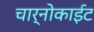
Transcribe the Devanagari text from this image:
चार्नोकाईट